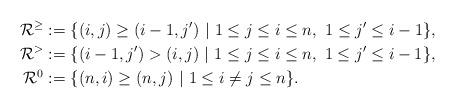
LaTeX: \begin{align*}\mathcal{R^{\geq}} &:=\{(i,j)\geq(i-1,j')\ |\ 1\leq j\leq i\leq n,\ 1\leq j'\leq i-1\},\\\mathcal{R^{>}} &:=\{(i-1,j')>(i,j)\ |\ 1\leq j\leq i\leq n,\ 1\leq j'\leq i-1\},\\\mathcal{R}^{0} &:=\{(n,i)\geq(n,j)\ |\ 1\leq i\neq j\leq n\}.\end{align*}